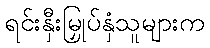
ရင်းနှီးမြှုပ်နှံသူများက